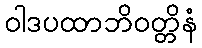
ဝါဒပထာဘိဝတ္တိနံ